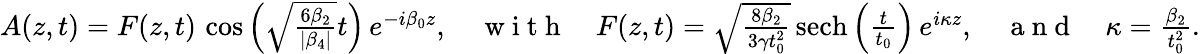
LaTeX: \begin{array}{r}{A(z,t)=F(z,t)\, \cos\left(\sqrt{\frac{6\beta_{2}}{|\beta_{4}|}}t\right)\, e^{-i\beta_{0}z},\quad\mathrm{~w~i~t~h~}\quad F(z,t)=\sqrt{\frac{8\beta_{2}}{3\gamma t_{0}^{2}}}\, \mathrm{{sech}}\left(\frac{t}{t_{0}}\right)\, e^{i\kappa z},\quad\mathrm{~a~n~d~}\quad\kappa=\frac{\beta_{2}}{t_{0}^{2}}.}\end{array}